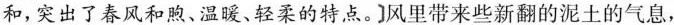
和,突出了春风和煦、温暖、轻柔的特点。]风里带来些新翻的泥土的气息,